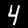
Digit: 4